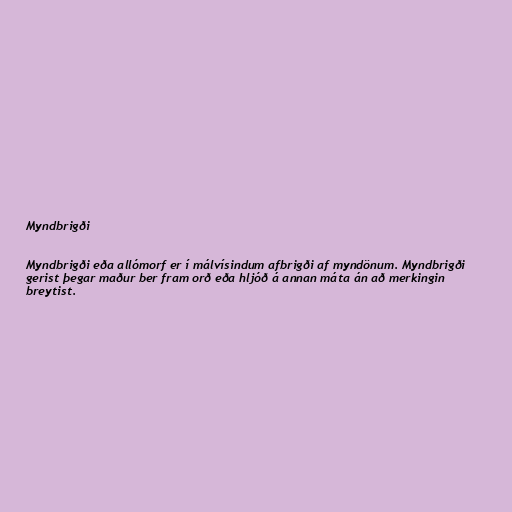
Myndbrigði

Myndbrigði eða allómorf er í málvísindum afbrigði af myndönum. Myndbrigði
gerist þegar maður ber fram orð eða hljóð á annan máta án að merkingin
breytist.